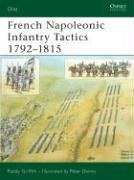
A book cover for French Napoleonic Infantry Tactics 1792-1815 (Elite); Paddy Griffith; History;